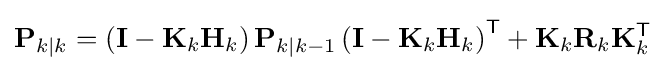
\mathbf {P} _{k\mid k}=\left(\mathbf {I} -\mathbf {K} _{k}\mathbf {H} _{k}\right)\mathbf {P} _{k\mid k-1}\left(\mathbf {I} -\mathbf {K} _{k}\mathbf {H} _{k}\right)^{\textsf {T}}+\mathbf {K} _{k}\mathbf {R} _{k}\mathbf {K} _{k}^{\textsf {T}}